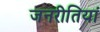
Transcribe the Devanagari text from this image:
जनरीतियां